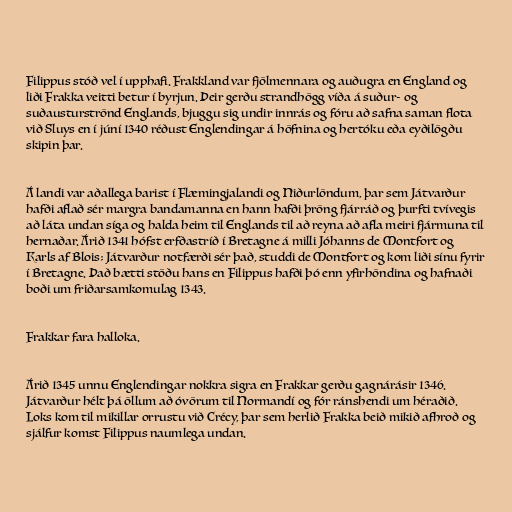
Filippus stóð vel í upphafi. Frakkland var fjölmennara og auðugra en England og
liði Frakka veitti betur í byrjun. Þeir gerðu strandhögg víða á suður- og
suðausturströnd Englands, bjuggu sig undir innrás og fóru að safna saman flota
við Sluys en í júní 1340 réðust Englendingar á höfnina og hertóku eða eyðilögðu
skipin þar.

Á landi var aðallega barist í Flæmingjalandi og Niðurlöndum, þar sem Játvarður
hafði aflað sér margra bandamanna en hann hafði þröng fjárráð og þurfti tvívegis
að láta undan síga og halda heim til Englands til að reyna að afla meiri fjármuna til
hernaðar. Árið 1341 hófst erfðastríð í Bretagne á milli Jóhanns de Montfort og
Karls af Blois; Játvarður notfærði sér það, studdi de Montfort og kom liði sínu fyrir
í Bretagne. Það bætti stöðu hans en Filippus hafði þó enn yfirhöndina og hafnaði
boði um friðarsamkomulag 1343.

Frakkar fara halloka.

Árið 1345 unnu Englendingar nokkra sigra en Frakkar gerðu gagnárásir 1346.
Játvarður hélt þá öllum að óvörum til Normandí og fór ránshendi um héraðið.
Loks kom til mikillar orrustu við Crécy, þar sem herlið Frakka beið mikið afhroð og
sjálfur komst Filippus naumlega undan.